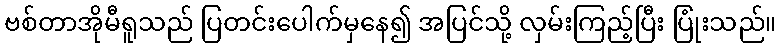
ဗစ်တာအိုမီရူသည် ပြတင်းပေါက်မှနေ၍ အပြင်သို့ လှမ်းကြည့်ပြီး ပြုံးသည်။